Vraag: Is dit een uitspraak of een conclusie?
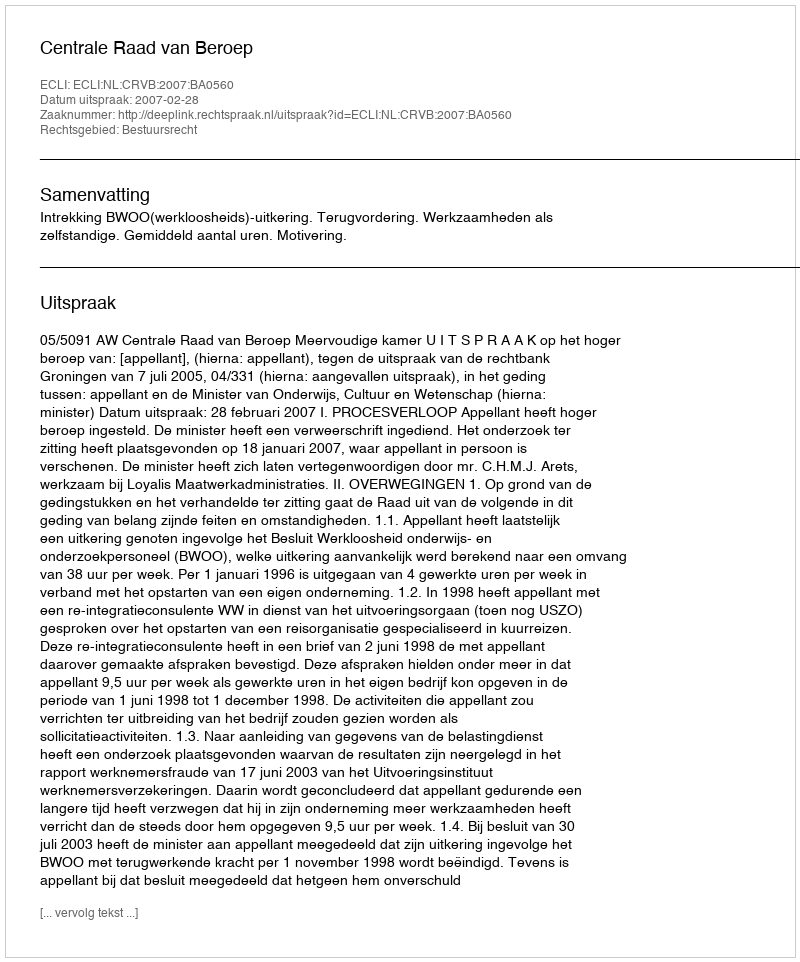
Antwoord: Uitspraak